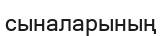
сыналарының